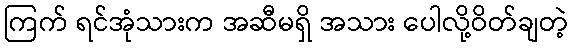
ကြက် ရင်အုံသားက အဆီမရှိ အသား ပေါလို့ဝိတ်ချတဲ့